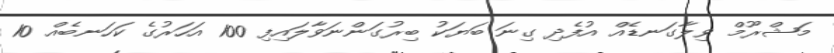
މަޝްރޫމް ވިލާގަނޑެއް އުފެދި ގިނަ ބަޔަކު ބިރުގަންނަވާލައިފި 100 އަހަރުގެ ކަހަނބެއް 10